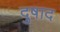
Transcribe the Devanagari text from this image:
दुषाद